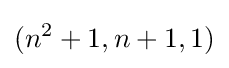
(n^{2}+1,n+1,1)